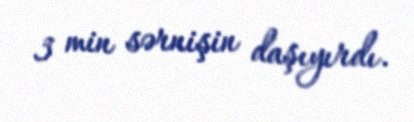
3 min sərnişin daşıyırdı.